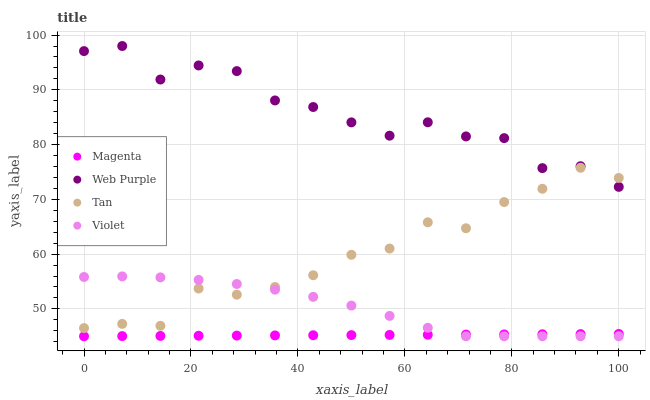
| xaxis_label | Magenta | Web Purple | Tan | Violet |
 | --- | --- | --- | --- | --- |
 | 0 | 45 | 97.1 | 46.5 | 55.8 |
 | 7.14 | 45 | 98 | 47.3 | 55.9 |
 | 14.3 | 45.1 | 91.9 | 46.9 | 55.8 |
 | 21.4 | 45.1 | 94.5 | 53.7 | 55.3 |
 | 28.6 | 45.1 | 93.4 | 52.6 | 54.5 |
 | 35.7 | 45.2 | 88.1 | 54 | 53.5 |
 | 42.9 | 45.2 | 86.9 | 56.1 | 52.2 |
 | 50 | 45.2 | 84.1 | 59.9 | 50.6 |
 | 57.1 | 45.2 | 81.6 | 61 | 48.7 |
 | 64.3 | 45.3 | 84.1 | 65.8 | 46.5 |
 | 71.4 | 45.3 | 81.5 | 64.7 | 45 |
 | 78.6 | 45.3 | 81.2 | 69.5 | 45 |
 | 85.7 | 45.4 | 75.7 | 71.9 | 45 |
 | 92.9 | 45.4 | 76.1 | 75.8 | 45 |
 | 100 | 45.4 | 72.3 | 73.9 | 45 |